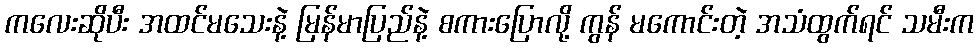
ကလေးဆိုပီး အထင်မသေးနဲ့ မြန်မာပြည်နဲ့ စကားပြောလို့ ကွန် မကောင်းတဲ့ အသံထွက်ရင် သမီးက